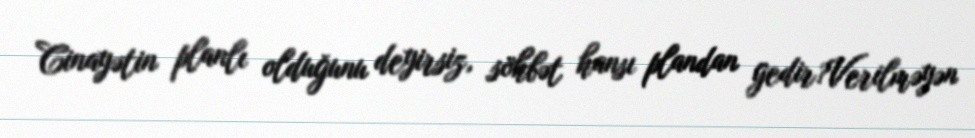
Cinayətin planlı olduğunu deyirsiz, söhbət hansı plandan gedir?Verilməyən